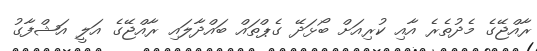
ރާއްޖޭގެ މެދުތެރެ އާއި ކުރިއަށް ބޯޅަދޭ ގެޕްތައް ބައްދާލައި ރާއްޖޭގެ އަލީ އަޝްފާގު